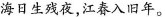
海日生残夜，江春入旧年 。